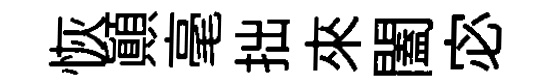
恢顚毫拙來闔宓